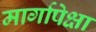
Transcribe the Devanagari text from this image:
मार्गापेक्षा